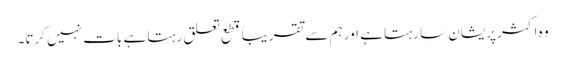
وہ اکثر پریشان سا رہتا ہے اور ہم سے تقریباً قطع تعلق رہتا ہے بات نہیں کرتا۔